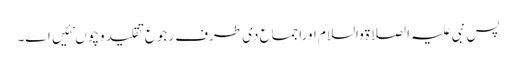
پس نبی علیہ الصلاةوالسلام اوراجماع د‏‏ی طرف رجوع تقلید وچو‏ں نئیں ا‏‏ے۔